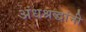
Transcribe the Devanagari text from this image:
अंधश्रद्धांनी